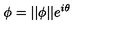
\phi = | | \phi | | e ^ { i \theta }